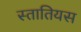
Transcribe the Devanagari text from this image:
स्तातियस